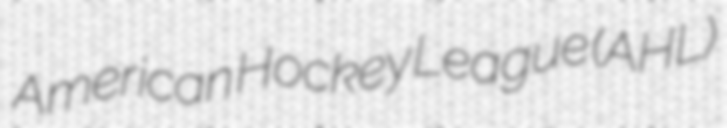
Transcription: American Hockey League (AHL)